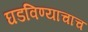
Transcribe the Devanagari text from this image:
घडविण्याचाच